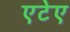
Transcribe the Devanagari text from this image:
एटेए